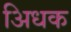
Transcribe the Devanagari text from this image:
अिधक